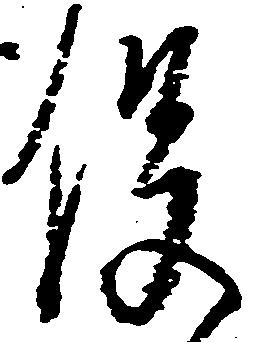
役